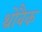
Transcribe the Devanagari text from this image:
थ्रोबैक